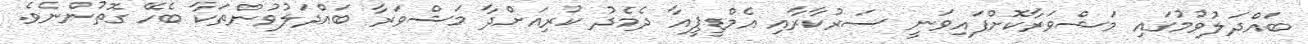
ބައްދަލުވުމުގައި މަޝްވަރާކޮށްފައިވަނީ ސަރުކާރާއި އެމްޑީޕީއާ ދެމެދު ކުރިއަށްދާ މަޝްވަރާ ބައްދަލުވުންތަކާ ބެހޭ ގޮތުންނެވެ.